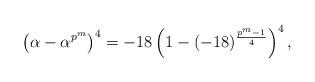
LaTeX: \begin{align*} \left(\alpha - \alpha^{p^m}\right)^4 &= -18\left(1 - (-18)^{\frac{p^m-1}{4}}\right)^4, \end{align*}